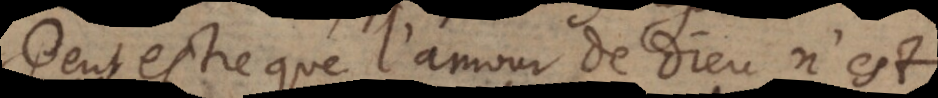
Peut‐estre que l’amour de Dieu n’est